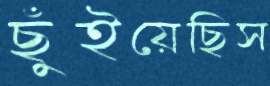
ছুঁইয়েছিস